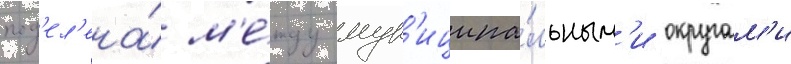
под'ел'ена́ м'е́жду мун'иципа́льным'и округам'и